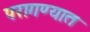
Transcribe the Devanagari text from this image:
परागण्यात